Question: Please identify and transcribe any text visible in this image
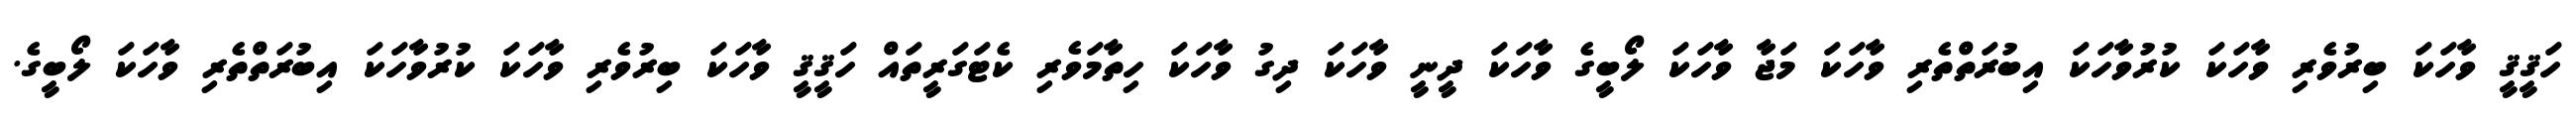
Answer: ހަޤީޤީ ވާހަކަ ބިރުވެރި ވާހަކަ ކުރުވާހަކަ އިބުރަތްތެރި ވާހަކަ މަޖާ ވާހަކަ ލޯބީގެ ވާހަކަ ދީނީ ވާހަކަ ދިގު ވާހަކަ ހިތާމަވެރި ކެޓަގަރީތައް ހަޤީޤީ ވާހަކަ ބިރުވެރި ވާހަކަ ކުރުވާހަކަ އިބުރަތްތެރި ވާހަކަ ލޯބީގެ.